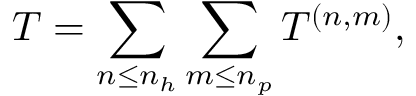
T = \sum _ { n \leq n _ { h } } \sum _ { m \leq n _ { p } } T ^ { ( n , m ) } ,